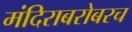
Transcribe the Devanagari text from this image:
मंदिराबरोबरच